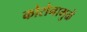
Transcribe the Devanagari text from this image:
कोरोनामुळे